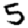
Digit: 5